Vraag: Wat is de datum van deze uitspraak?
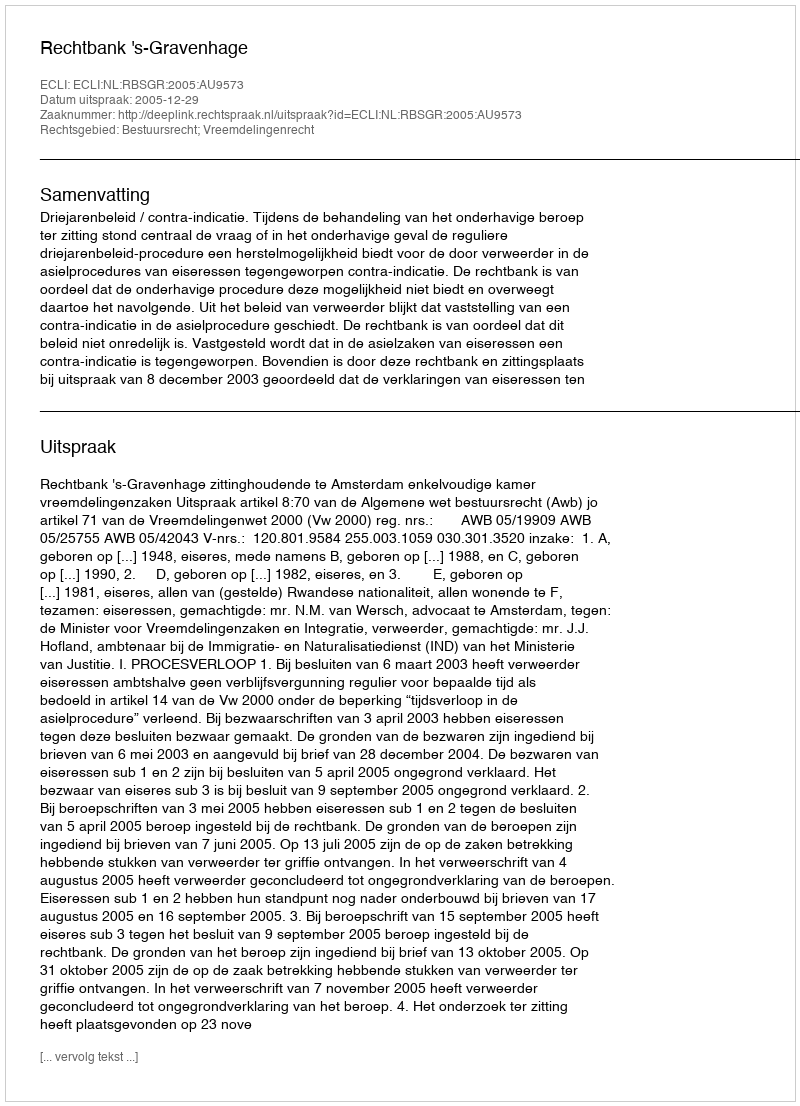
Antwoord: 2005-12-29